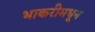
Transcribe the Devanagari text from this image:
भाकरीमधून